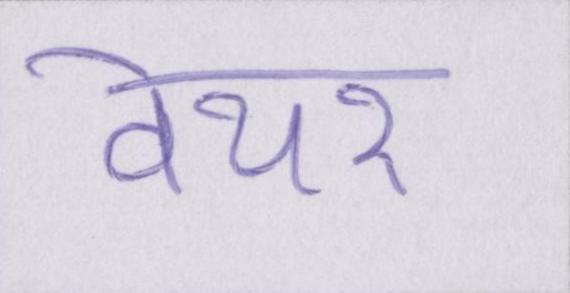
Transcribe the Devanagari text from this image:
वेयर